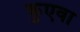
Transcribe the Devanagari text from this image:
कुएवा